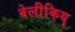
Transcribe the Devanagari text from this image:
वेलीकिय्